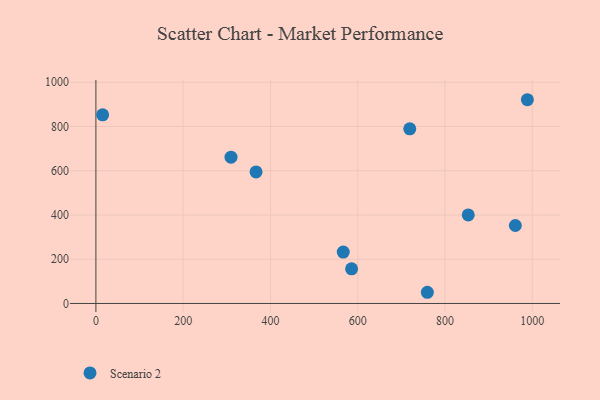
{"axis": {"x": "Price", "y": "Sales"}, "legend": ["Scenario 2"], "data": [{"x": "988.7", "y": 921.1, "type": "Scenario 2"}, {"x": "585.9", "y": 156.8, "type": "Scenario 2"}, {"x": "961.1", "y": 352.5, "type": "Scenario 2"}, {"x": "719.2", "y": 789.5, "type": "Scenario 2"}, {"x": "566.8", "y": 232.3, "type": "Scenario 2"}, {"x": "367.0", "y": 594.9, "type": "Scenario 2"}, {"x": "853.2", "y": 400.4, "type": "Scenario 2"}, {"x": "759.5", "y": 50.6, "type": "Scenario 2"}, {"x": "15.4", "y": 853.0, "type": "Scenario 2"}, {"x": "309.6", "y": 661.4, "type": "Scenario 2"}]}